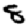
Digit: 8